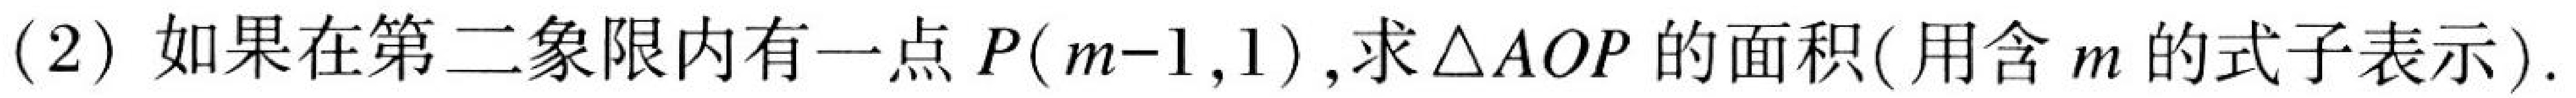
(2) 如果在第二象限内有一点 \(P(m - 1,1)\),求\(\triangle AOP\)的面积(用含 \(m\) 的式子表示).